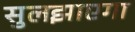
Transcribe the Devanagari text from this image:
सुलझाएगा